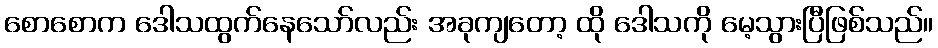
စောစောက ဒေါသထွက်နေသော်လည်း အခုကျတော့ ထို ဒေါသကို မေ့သွားပြီဖြစ်သည်။